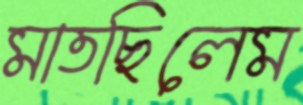
মাতছিলেম